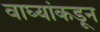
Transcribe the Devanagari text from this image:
वाघ्यांकडून